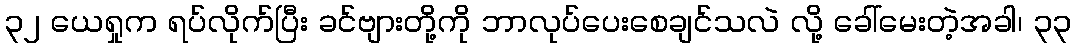
၃၂ ယေရှုက ရပ်လိုက်ပြီး ခင်ဗျားတို့ကို ဘာလုပ်ပေးစေချင်သလဲ လို့ ခေါ်မေးတဲ့အခါ၊ ၃၃